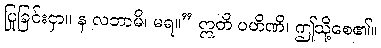
ပြုခြင်းငှာ။ န လဘာမိ၊ မရ။” ဣတိ ပဟိဏိ၊ ဤသို့စေ၏။